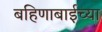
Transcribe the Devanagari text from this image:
बहिणाबाईच्‍या